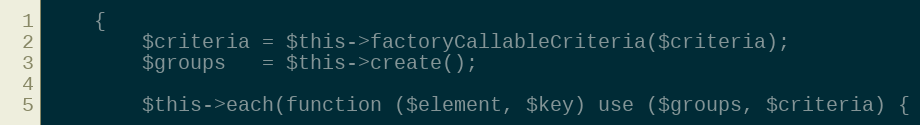
Language: PHP
    {
        $criteria = $this->factoryCallableCriteria($criteria);
        $groups   = $this->create();

        $this->each(function ($element, $key) use ($groups, $criteria) {